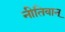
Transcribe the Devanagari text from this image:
नीतिवान्‌